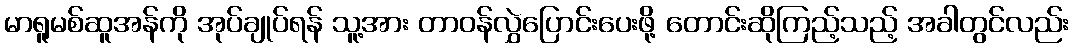
မာရူမစ်ဆူအန်ကို အုပ်ချုပ်ရန် သူ့အား တာဝန်လွှဲပြောင်းပေးဖို့ တောင်းဆိုကြည့်သည့် အခါတွင်လည်း